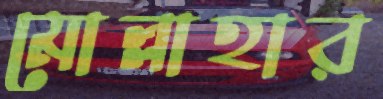
মোল্লাহার